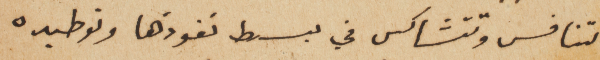
تتنافس وتتشاكس في بسط نفوذها وتوطيده